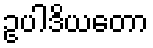
ဥပါဒိယတော